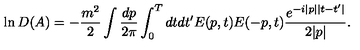
\ln D ( A ) = - \frac { m ^ { 2 } } 2 \int \frac { d p } { 2 \pi } \int _ { 0 } ^ { T } d t d t ^ { \prime } E ( p , t ) E ( - p , t ) \frac { e ^ { - i | p | | t - t ^ { \prime } | } } { 2 | p | } .